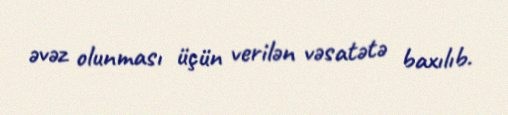
əvəz olunması üçün verilən vəsatətə baxılıb.